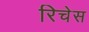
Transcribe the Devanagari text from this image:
रिचेस